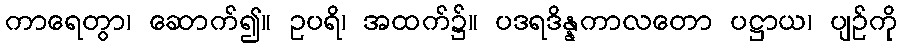
ကာရေတွာ၊ ဆောက်၍။ ဥပရိ၊ အထက်၌။ ပဒရဒိန္နကာလတော ပဋ္ဌာယ၊ ပျဉ်ကို